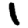
Digit: 1